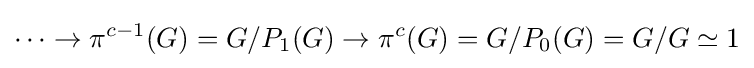
\cdots \to \pi ^{c-1}(G)=G/P_{1}(G)\to \pi ^{c}(G)=G/P_{0}(G)=G/G\simeq 1